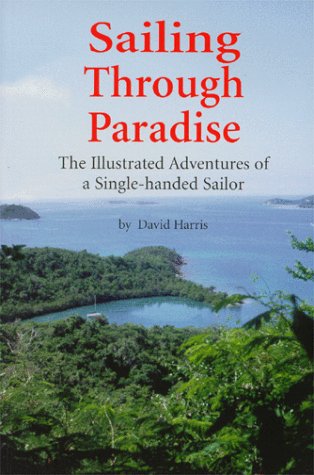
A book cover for Sailing Through Paradise: The Illustrated Adventures of a Single-handed Sailor; David Harris; Travel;